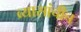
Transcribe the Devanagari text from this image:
व्यासांचीच